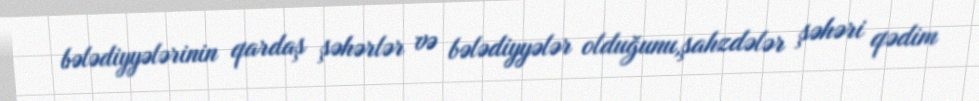
bələdiyyələrinin qardaş şəhərlər və bələdiyyələr olduğunu,şahzdələr şəhəri qədim